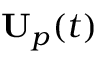
\mathbf { U } _ { p } ( t )